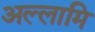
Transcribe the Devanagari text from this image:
अल्लामि